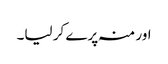
اور منہ پرے کر لیا۔